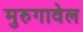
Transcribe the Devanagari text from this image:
मुरुगावेल